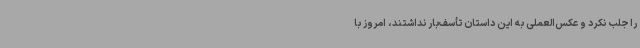
را جلب نکرد و عکس‌العملی به این داستان تأسف‌بار نداشتند، امروز با